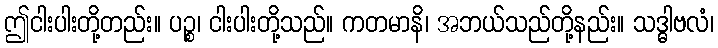
ဤငါးပါးတို့တည်း။ ပဉ္စ၊ ငါးပါးတို့သည်။ ကတမာနိ၊ အဘယ်သည်တို့နည်း။ သဒ္ဓါဗလံ၊